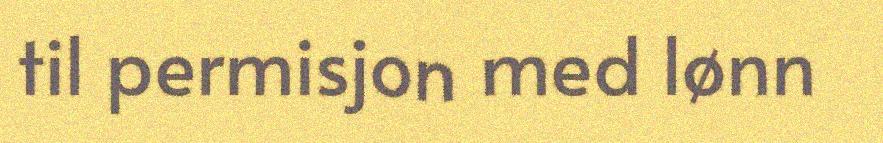
til permisjon med lønn